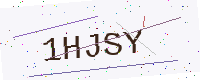
Text: 1HJSY